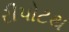
રીપોટથ